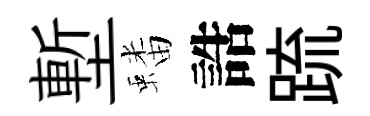
塹蟠誥䟽